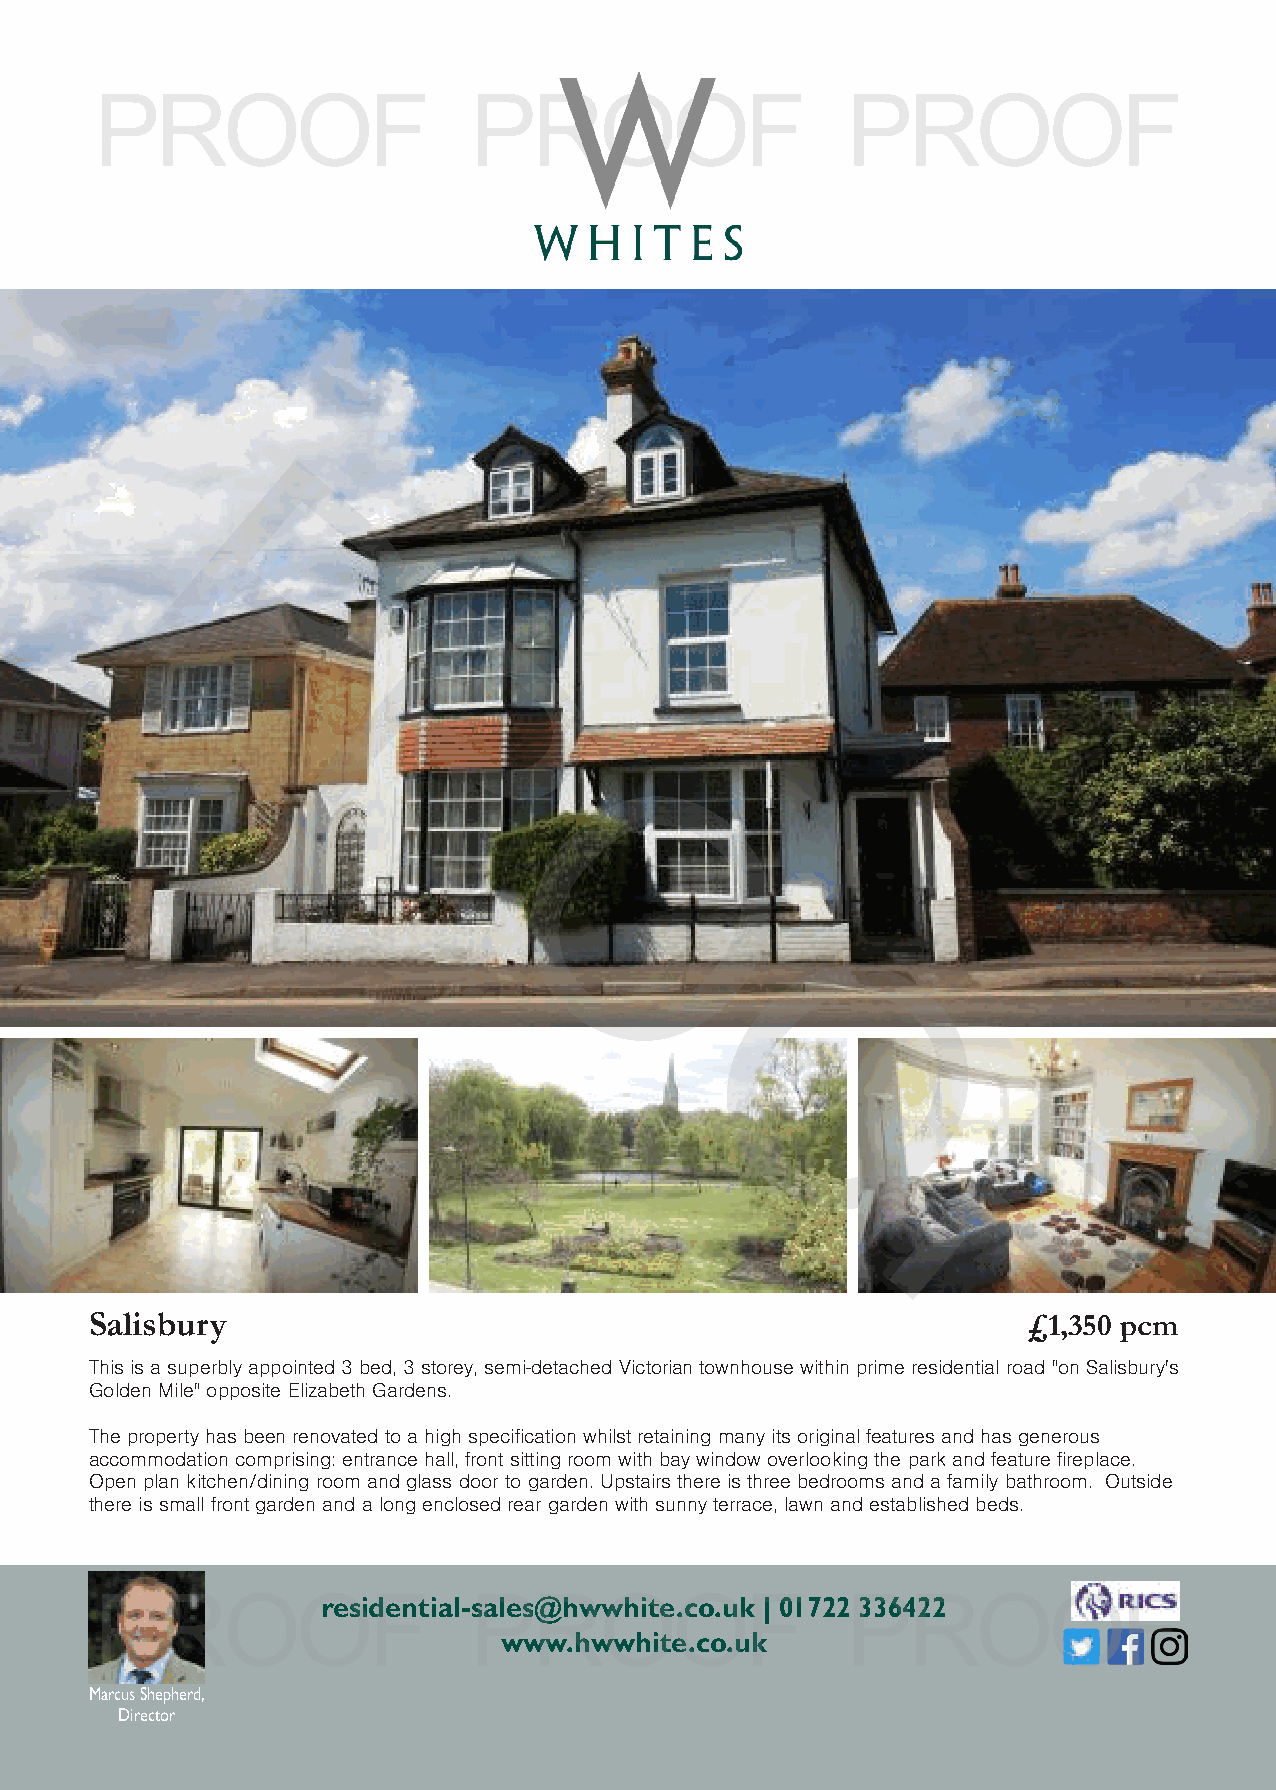
PROOF                    PROOF                    PROOF
 P
 R
 O
 O
 F
 SSaalliissbbuurryy                                            ££11,,335500 ppccmm
 This is a superbly appointed 3 bed, 3 storey, semi-detached Victorian townhouse within prime residential road "on Salisbury's
 Golden Mile" opposite Elizabeth Gardens.
 The property has been renovated to a high specification whilst retaining many its original features and has generous
 accommodation comprising: entrance hall, front sitting room with bay window overlooking the park and feature fireplace.
 Open plan kitchen/dining room and glass door to garden. Upstairs there is three bedrooms and a family bathroom. Outside
 there is small front garden and a long enclosed rear garden with sunny terrace, lawn and established beds.
 PROOresiFdent          ia l-PsalesR@hwOwhiteO.co.ukF | 01 72 2P 3364R22 OOF
 www.hwwhite.co.uk
 Marcus Shepherd,
 Director